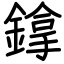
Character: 鎿